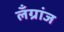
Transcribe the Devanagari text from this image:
लँग्रांज